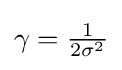
\textstyle \gamma ={\tfrac {1}{2\sigma ^{2}}}